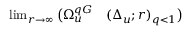
\begin{array} { r l } { \operatorname* { l i m } _ { r \to \infty } \big ( \Omega _ { u } ^ { q G } } & { { } ( \Delta _ { u } ; r ) _ { q < 1 } \big ) } \end{array}